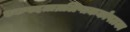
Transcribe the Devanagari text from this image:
एकपदताम्रलिप्तककोषलका